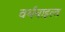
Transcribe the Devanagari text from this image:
वर्थचाइल्ड